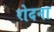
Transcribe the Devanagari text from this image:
रोदना